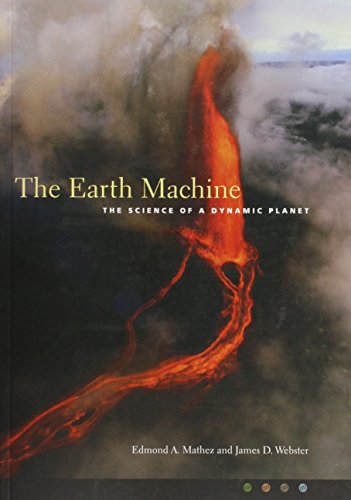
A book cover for The Earth Machine: The Science of a Dynamic Planet; Edmond A. Mathez; Science & Math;